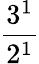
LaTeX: \frac{3^{1}}{2^{1}}